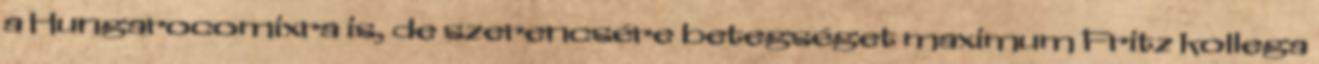
a Hungarocomixra is, de szerencsére betegséget maximum Fritz kollega